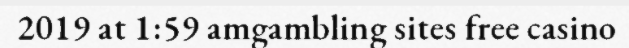
2019 at 1:59 amgambling sites free casino